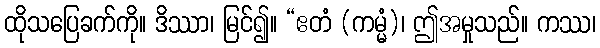
ထိုသပြေခက်ကို။ ဒိဿာ၊ မြင်၍။ “ဧတံ (ကမ္မံ)၊ ဤအမှုသည်။ ကဿ၊